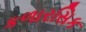
કળારસિક